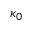
\kappa _ { 0 }